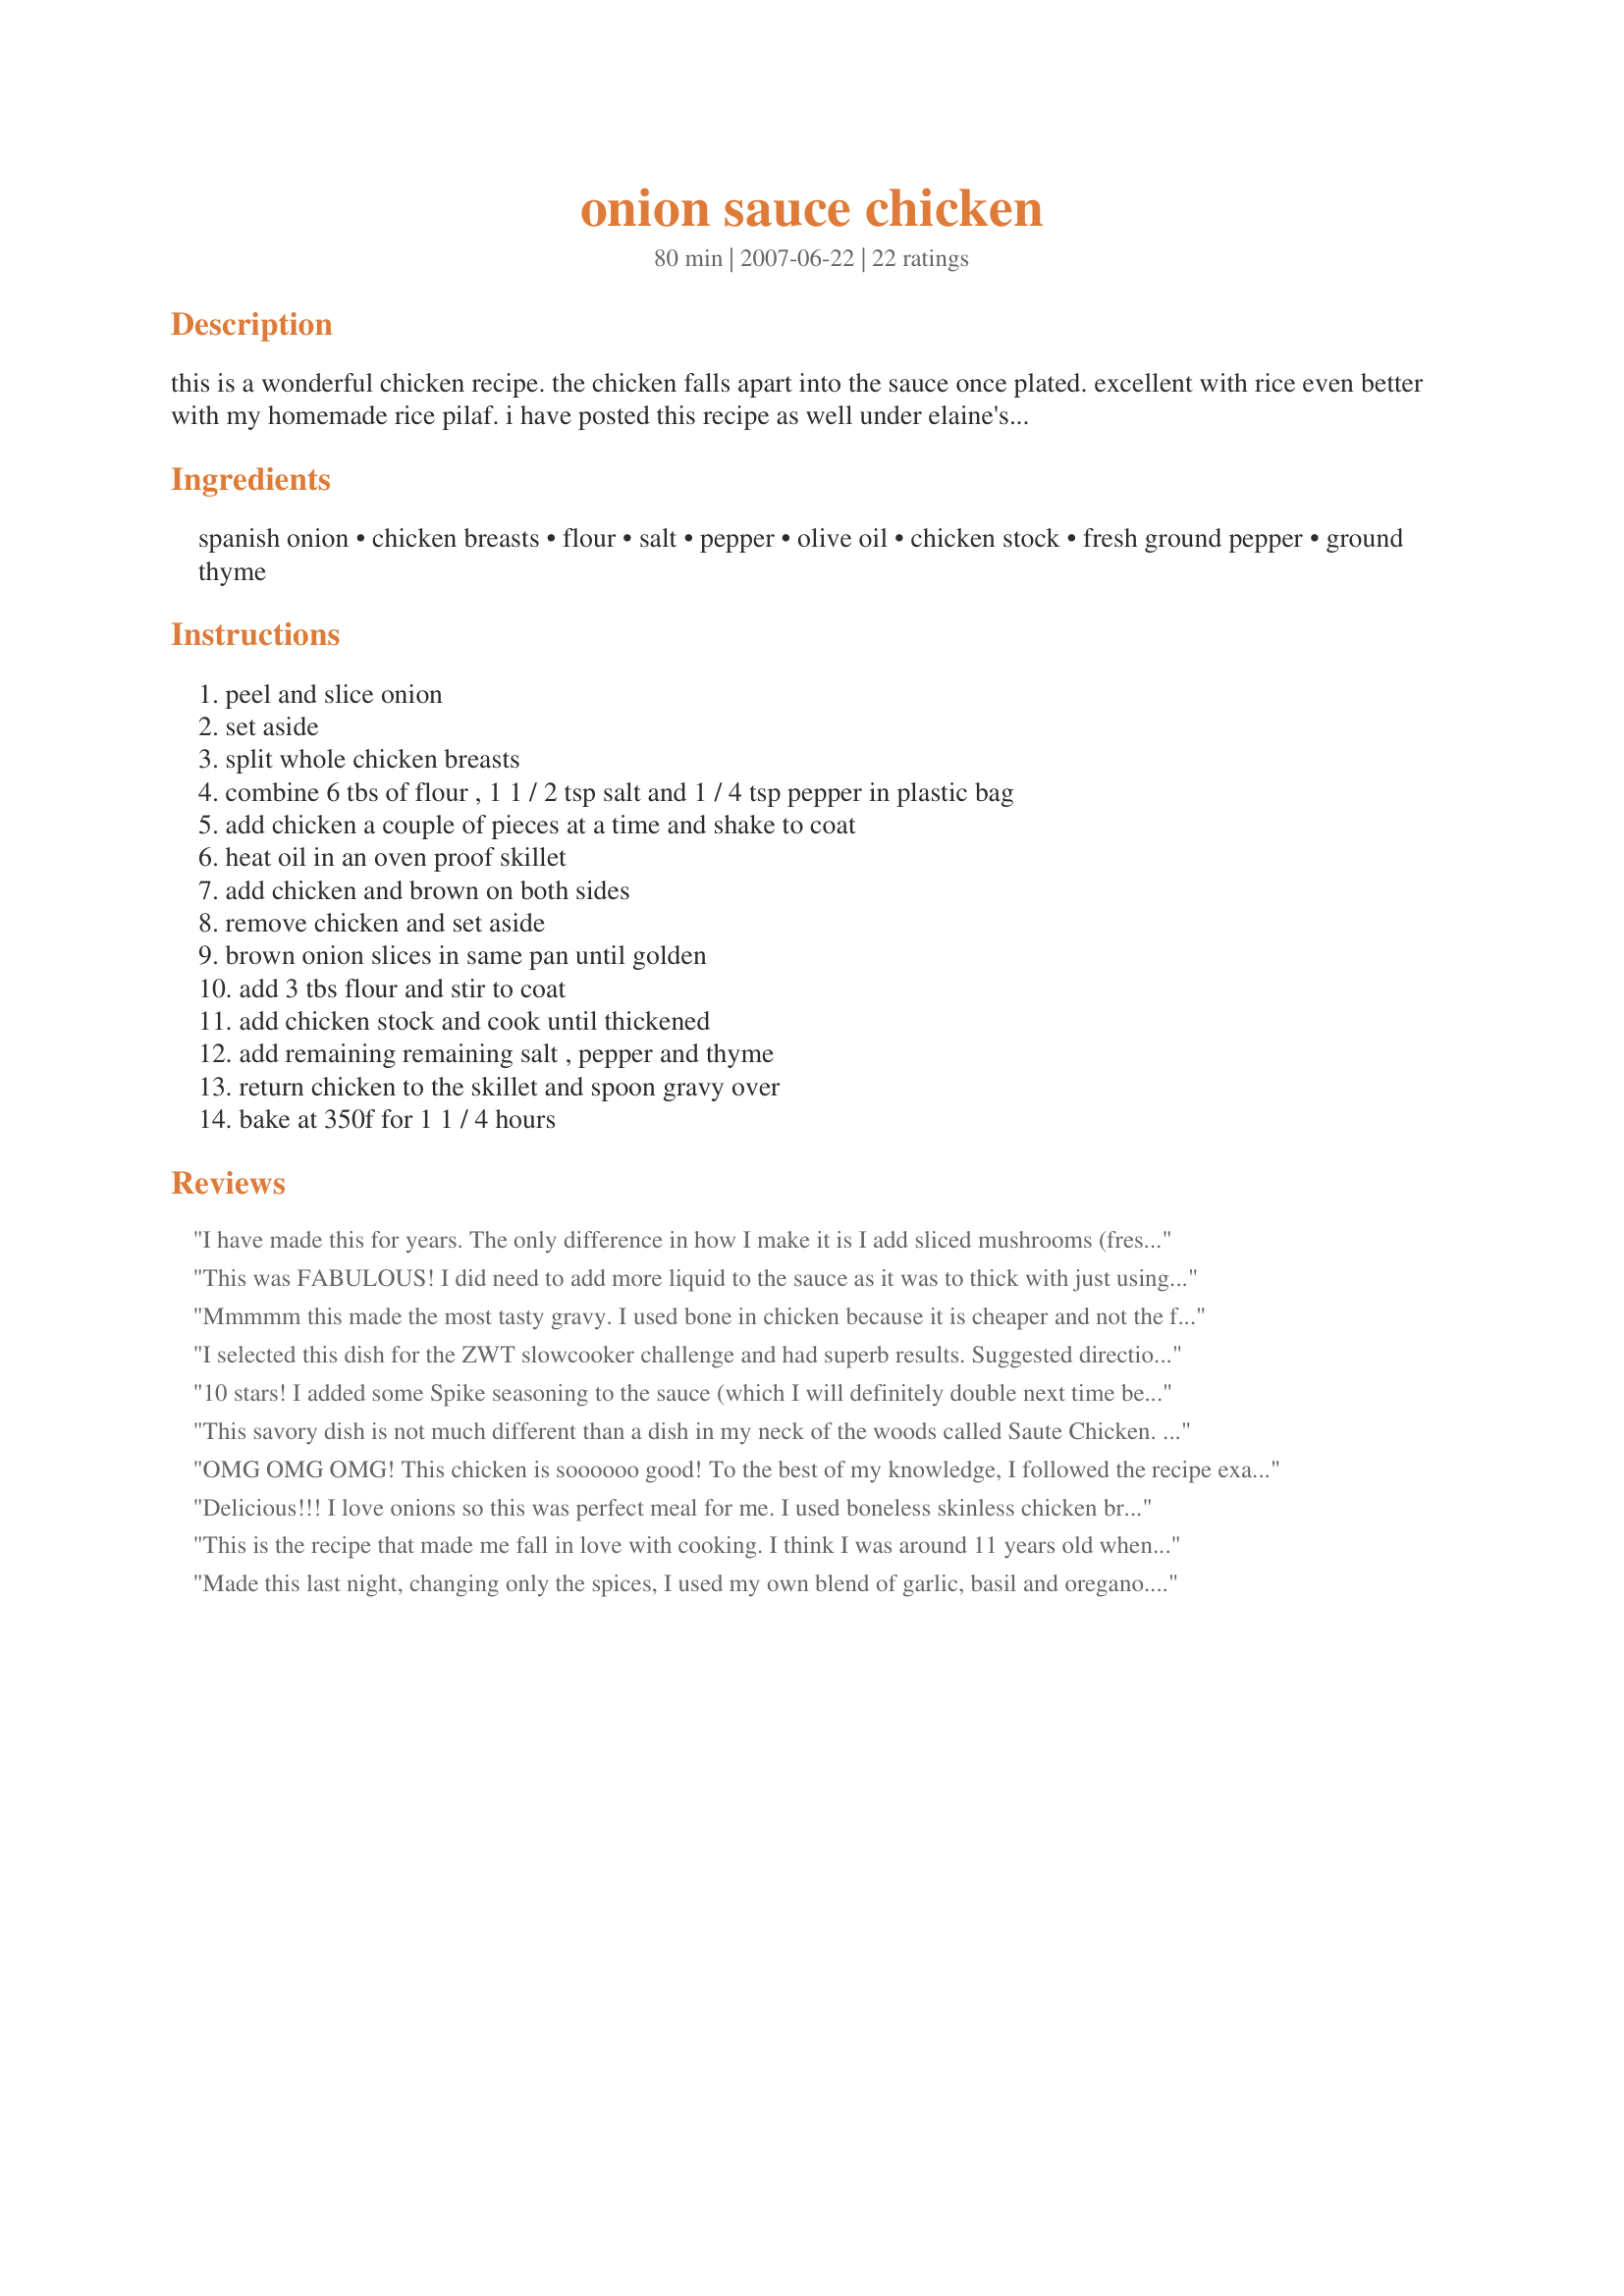
onion sauce chicken
Preparation time: 80 minutes

this is a wonderful chicken recipe. the chicken falls apart into the sauce once plated. excellent with rice even better with my homemade rice pilaf. i have posted this recipe as well under elaine's rice pilaf.

Ingredients:
spanish onion, chicken breasts, flour, salt, pepper, olive oil, chicken stock, fresh ground pepper, ground thyme

Steps:
peel and slice onion, set aside, split whole chicken breasts, combine 6 tbs of flour , 1 1 / 2 tsp salt and 1 / 4 tsp pepper in plastic bag, add chicken a couple of pieces at a time and shake to coat, heat oil in an oven proof skillet, add chicken and brown on both sides, remove chicken and set aside, brown onion slices in same pan until golden, add 3 tbs flour and stir to coat, add chicken stock and cook until thickened, add remaining remaining salt , pepper and thyme, return chicken to the skillet and spoon gravy over, bake at 350f for 1 1 / 4 hours

Reviews:
I have made this for years. The only difference in how I make it is I add sliced mushrooms (fresh (sauted with the onion) or canned). Yum.
This was FABULOUS! I did need to add more liquid to the sauce as it was to thick with just using chicken broth so I added whipping cream and alittle more water. It turned out great and Dh and I loved it. I served this with recipe#236938, recipe#234023 and some dinner rolls. Made for a fantastic dinner! Thanks for sharing the recipe. It will be one of our favorites from Zaar :)
Mmmmm this made the most tasty gravy. I used bone in chicken because it is cheaper and not the full amount of oil. The chicken just fell off the bone & the sauce was beautiful, especially with the veges. I did add more garlic & also some sprigs of thyme to the pan. Made for ZWT 4.
I selected this dish for the ZWT slowcooker challenge and had superb results. Suggested directions: slice onion about 3/8-1/2 inch thick and layer, separating the rings - on the bottom of slow cooker. Dredge skinless chicken with 6 tablespoons seasoned flour and place on top of onions. Add a scant cup of broth; cover and cook for 4 hours on high. Add 1 teaspoon fresh thyme to the pot 30 minutes before serving. I think my results were more soupy than intended but the flavors were clean, simple and tasty. In the slow cooker the onions melted into the sauce creating a wonderful gravy. Thanks.
10 stars! I added some Spike seasoning to the sauce (which I will definitely double next time because it is so fabulous). Was lucky enough to buy thinly cut chicken breasts at the butcher, so the work was already done for me. I only cooked it 45 minutes and it was awesome.
This savory dish is not much different than a dish in my neck of the woods called Saute Chicken. After browning I just covered the pan with a lid and let cook for about 15 - 20 minutes, turning occassionaly. Oh, my breasts were large so I cut those in half, too....now 'that' didn't come out right. Made for Alphabet Soup Tag.
OMG OMG OMG! This chicken is soooooo good! To the best of my knowledge, I followed the recipe exactly. . . didn't change anything and it came out so nice and creamy. I only tried a tiny bit because I'm saving it for lunch tomorrow. We're having guests, hopefully they'll like this as much as I do!

Thanks for this great recipe!

A couple days later I used the leftover sauce and cut up the leftover chicken into small chunks, and served it mixed with wide egg noodles. It was very good!
Delicious!!! I love onions so this was perfect meal for me. I used boneless skinless chicken breast and followed recipe as written and served with your Recipe #236938 and green beans. I loved the wonderful flavorful sauce over the chicken. Made for PAC Fall 08. Thanks for sharing this one JCC.
This is the recipe that made me fall in love with cooking. I think I was around 11 years old when I started making this dish. I almost forgot all about it. Thank you so much for posting. So good!
Made this last night, changing only the spices, I used my own blend of garlic, basil and oregano. I also added a healthy splash of lemon juice to the sauce, just because we like it. Oh, and I finished it on top of the stove, just lowered the temp and covered it for half hour or so. It was wonderful! Definitely going into the keeper file. Thanks so much for posting!
This was a hit at my house! Super easy to make and great to eat ! My husband thought it was excellent.
My hubby liked this dish.He says I should keep it.Thank you.
Awesome dish!!!! Served it with Elaine's Rice Pilaf and some green beans and will definitely be making this regularly.
Holy Moly! This was Outstanding! My husband said it's like Thanksgving turkey, stuffing and gravy all in one.... although he knew it was chicken. Loved it!
Yummy, yummy, yummy!!! I will be making this again. Followed the recipe to the tee! It was perfect. Made for ZWT 4.
This is an excellant chicken recipe. It is very easy but takes a little time...it is well worth the extra effort. The chicken was moist and tender and the sauce was sweet, tangy and delicous. I will be making this again, thanks for sharing.
Wow, this was wonderful. I followed the recipe, except that I used extra thyme, cornstarch instead of flour & needed extra chicken stock. I sliced the chicken breasts in half to make them thinner, so they would cook quicker (40 mins) - they kept nicely succulent in the sauce, which is fabulous. Thanks JCC for a keeper. Made for ZWT4
Simply delicious! I used boneless chicken breasts so the recipe didn't take as long to cook. Loved the onion sauce! Made for the Tastebud Tickling Travellers during ZWT 4
Made for ZWT4...This was AWESOME!! Even the kids that don't like onions loved it. This will become a regular at our house. The sauce was to die for!!
I have made this recipe twice in the past month and it makes me look like a Rockstar! It's cheap, simple and requires no real skill on my part. I have actually stretched it by slicing my boneless 1/2-inch chicken breasts in half (creating two 1/4-inch pieces from each). Also, since I don't have an oven-proof skillet that's large enough, I have no problem transferring it to a 9x13 baking dish. Thanks for a great go-to recipe for chicken!!
Easy to make and so delicious. The gravy makes it special. The dish does need the full amount of salt. I fed this to a group of exchange students, so it has two-thumbs-up from Brazil, Germany, Japan, France, Australia and the USA. Very appropriate for the Zaar World Tour.
This is fabulous, only a few ingredients but really great flavour & easy to do, even toddler DD gobbled this up for the kid-friendly challenge. I also think some white wine would go nicely in this sauce. Thanks for posting!
